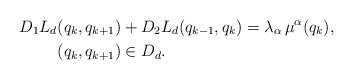
LaTeX: \begin{align*}D_1L_d(q_k,q_{k+1})&+D_2L_d(q_{k-1},q_{k})=\lambda_{\alpha}\,\mu^{\alpha}(q_k),\\(q_k,q_{k+1})&\in D_d.\end{align*}